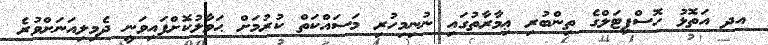
އދ އަތޮޅު ހޮސްޕިޓަލްގެ ތިންބުރި ޢިމާރާތުގައި ނުނިމިހުރި މަސައްކަތް ކުރުމަށް ޙަވާލުކޮށްފައިވަނީ ދެމިލިއަނަށްވުރެ